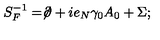
S _ { F } ^ { - 1 } = \not \! \partial + i e _ { N } \gamma _ { 0 } A _ { 0 } + \Sigma ;